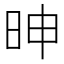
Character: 𰕼